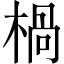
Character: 楇